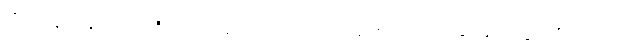
သို့ဖြစ်လျှင် လူ့လောကကြီးအတွက် မည်သည့် အရာသည် ကောင်းသည်ဟု ဆုံးဖြတ်ရာ၌ ရာဇဝင်ဆရာ